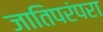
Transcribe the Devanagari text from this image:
जातिपरंपरा